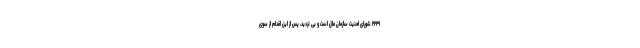
۲۲۳۱ شورای امنیت سازمان ملل است و بی تردید، پس از این اقدام از سوی